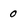
Character: 0